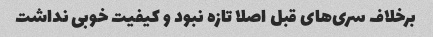
برخلاف سری‌های قبل اصلا تازه نبود و کیفیت خوبی نداشت